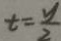
t = \frac { y } { 2 }